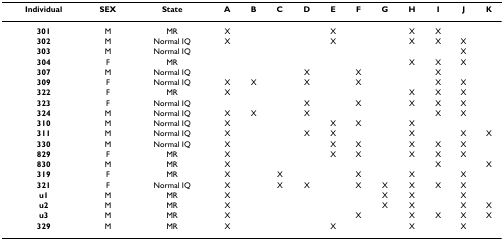
| Individual | SEX | State | A | B | C | D | E | F | G | H | I | J | K |
 | --- | --- | --- | --- | --- | --- | --- | --- | --- | --- | --- | --- | --- | --- |
 | 301 | M | MR | X |  |  |  | X |  |  | X | X |  |  |
 | 302 | M | Normal IQ | X |  |  |  | X |  |  | X | X | X |  |
 | 303 | M | Normal IQ |  |  |  |  |  |  |  |  |  | X |  |
 | 304 | F | MR |  |  |  |  |  |  |  | X | X | X |  |
 | 307 | M | Normal IQ |  |  |  | X |  | X |  |  | X |  |  |
 | 309 | F | Normal IQ | X | X |  | X |  | X |  |  | X | X |  |
 | 322 | F | MR | X |  |  |  |  |  |  | X | X | X |  |
 | 323 | F | Normal IQ |  |  |  | X |  | X |  | X | X | X |  |
 | 324 | M | Normal IQ | X | X |  | X |  |  |  |  | X | X |  |
 | 310 | M | Normal IQ | X |  |  |  | X | X |  | X |  |  |  |
 | 311 | M | Normal IQ | X |  |  | X | X |  |  | X |  | X | X |
 | 330 | M | Normal IQ | X |  |  |  | X | X |  | X | X | X |  |
 | 829 | F | MR | X |  |  |  | X | X |  | X | X | X |  |
 | 830 | M | MR | X |  |  |  |  |  |  |  | X |  | X |
 | 319 | F | MR | X |  | X |  |  | X |  | X |  | X |  |
 | 321 | F | Normal IQ | X |  | X | X |  | X | X | X | X | X |  |
 | u1 | M | MR | X |  |  |  |  |  | X | X |  | X |  |
 | u2 | M | MR | X |  |  |  |  |  | X | X |  | X | X |
 | u3 | M | MR | X |  |  |  |  | X |  | X | X | X | X |
 | 329 | M | MR | X |  |  |  | X |  |  | X |  | X |  |